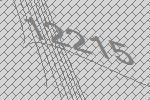
12215